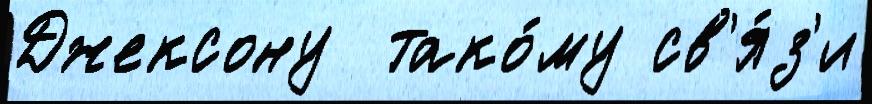
Джексону  тако́му св'я́з'и